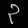
Digit: ၃